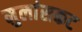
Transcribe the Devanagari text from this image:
मुलांसकट